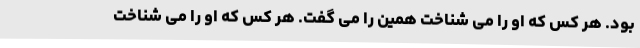
بود. هر کس که او را می شناخت همین را می گفت. هر کس که او را می شناخت